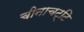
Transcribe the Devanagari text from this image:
चीनाचट्टि